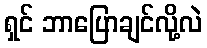
ရှင် ဘာပြောချင်လို့လဲ